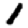
Digit: 1